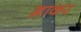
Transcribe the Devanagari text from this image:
ख़ाकर